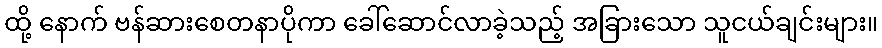
ထို့ နောက် ဗန်ဆားစေတနာပိုကာ ခေါ်ဆောင်လာခဲ့သည့် အခြားသော သူငယ်ချင်းများ။